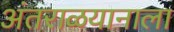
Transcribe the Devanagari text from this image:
अंतराळयानाला